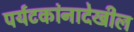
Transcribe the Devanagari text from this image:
पर्यटकांनादेखील